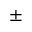
\pm